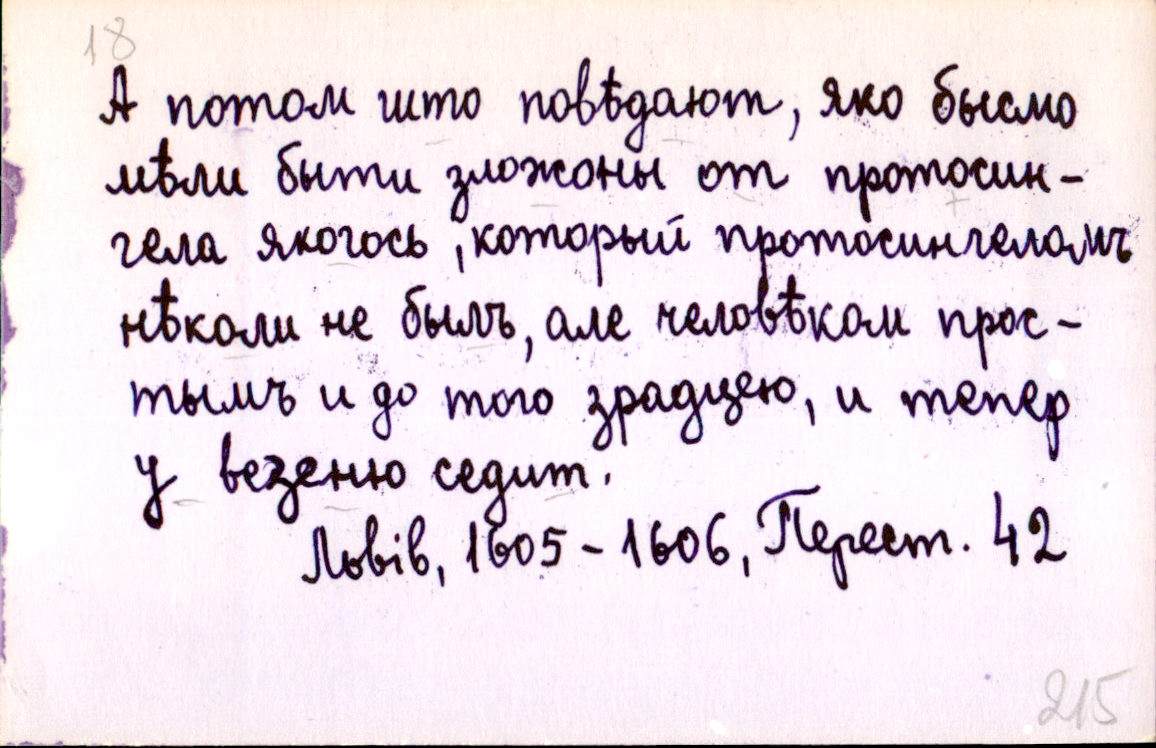
А потом што повѣдают, яко бысмо
мѣли быти зложоны от протосин-
гела якогось, который протосингеломъ
нѣколи не былъ, але человѣком прос-
тымъ и до того здрадцею, и тепер
у везеню седит.
Львів, 1605-1606, Перест. 42